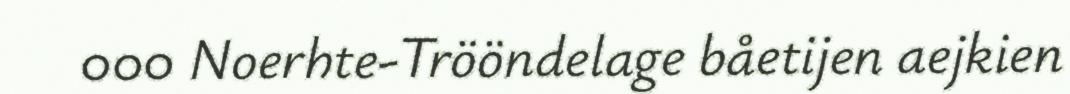
000 Noerhte-Trööndelage båetijen aejkien